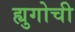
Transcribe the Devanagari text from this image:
ह्युगोची